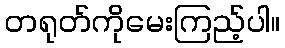
တရုတ်ကိုမေးကြည့်ပါ။